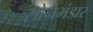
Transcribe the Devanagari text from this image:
सोनभंडार